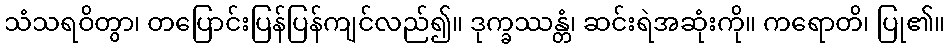
သံသရဝိတွာ၊ တပြောင်းပြန်ပြန်ကျင်လည်၍။ ဒုက္ခဿန္တံ၊ ဆင်းရဲအဆုံးကို။ ကရောတိ၊ ပြု၏။